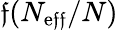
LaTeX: \mathfrak{f}(N_{\mathrm{{e\mathfrak{f}\mathfrak{f}}}}/N)